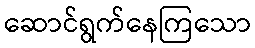
ဆောင်ရွက်နေကြသော